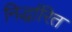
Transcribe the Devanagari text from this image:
निर्द्धारित